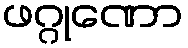
ဖဂ္ဂုဏော